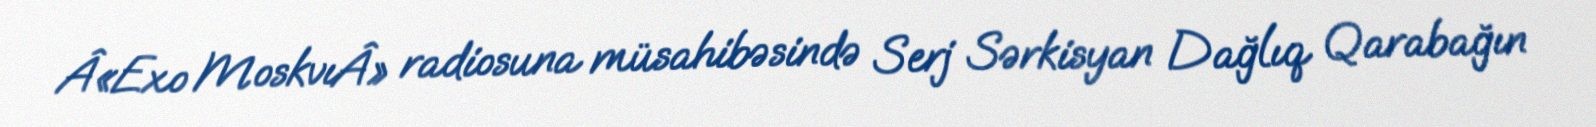
Â«Exo MoskvıÂ» radiosuna müsahibəsində Serj Sərkisyan Dağlıq Qarabağın